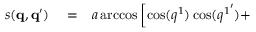
\begin{array} { r l r } { s ( \mathbf { q } , \mathbf { q } ^ { \prime } ) } & { { } = } & { a \operatorname { a r c c o s } \left[ \cos ( q ^ { 1 } ) \cos ( { q ^ { 1 } } ^ { \prime } ) + \right. } \end{array}